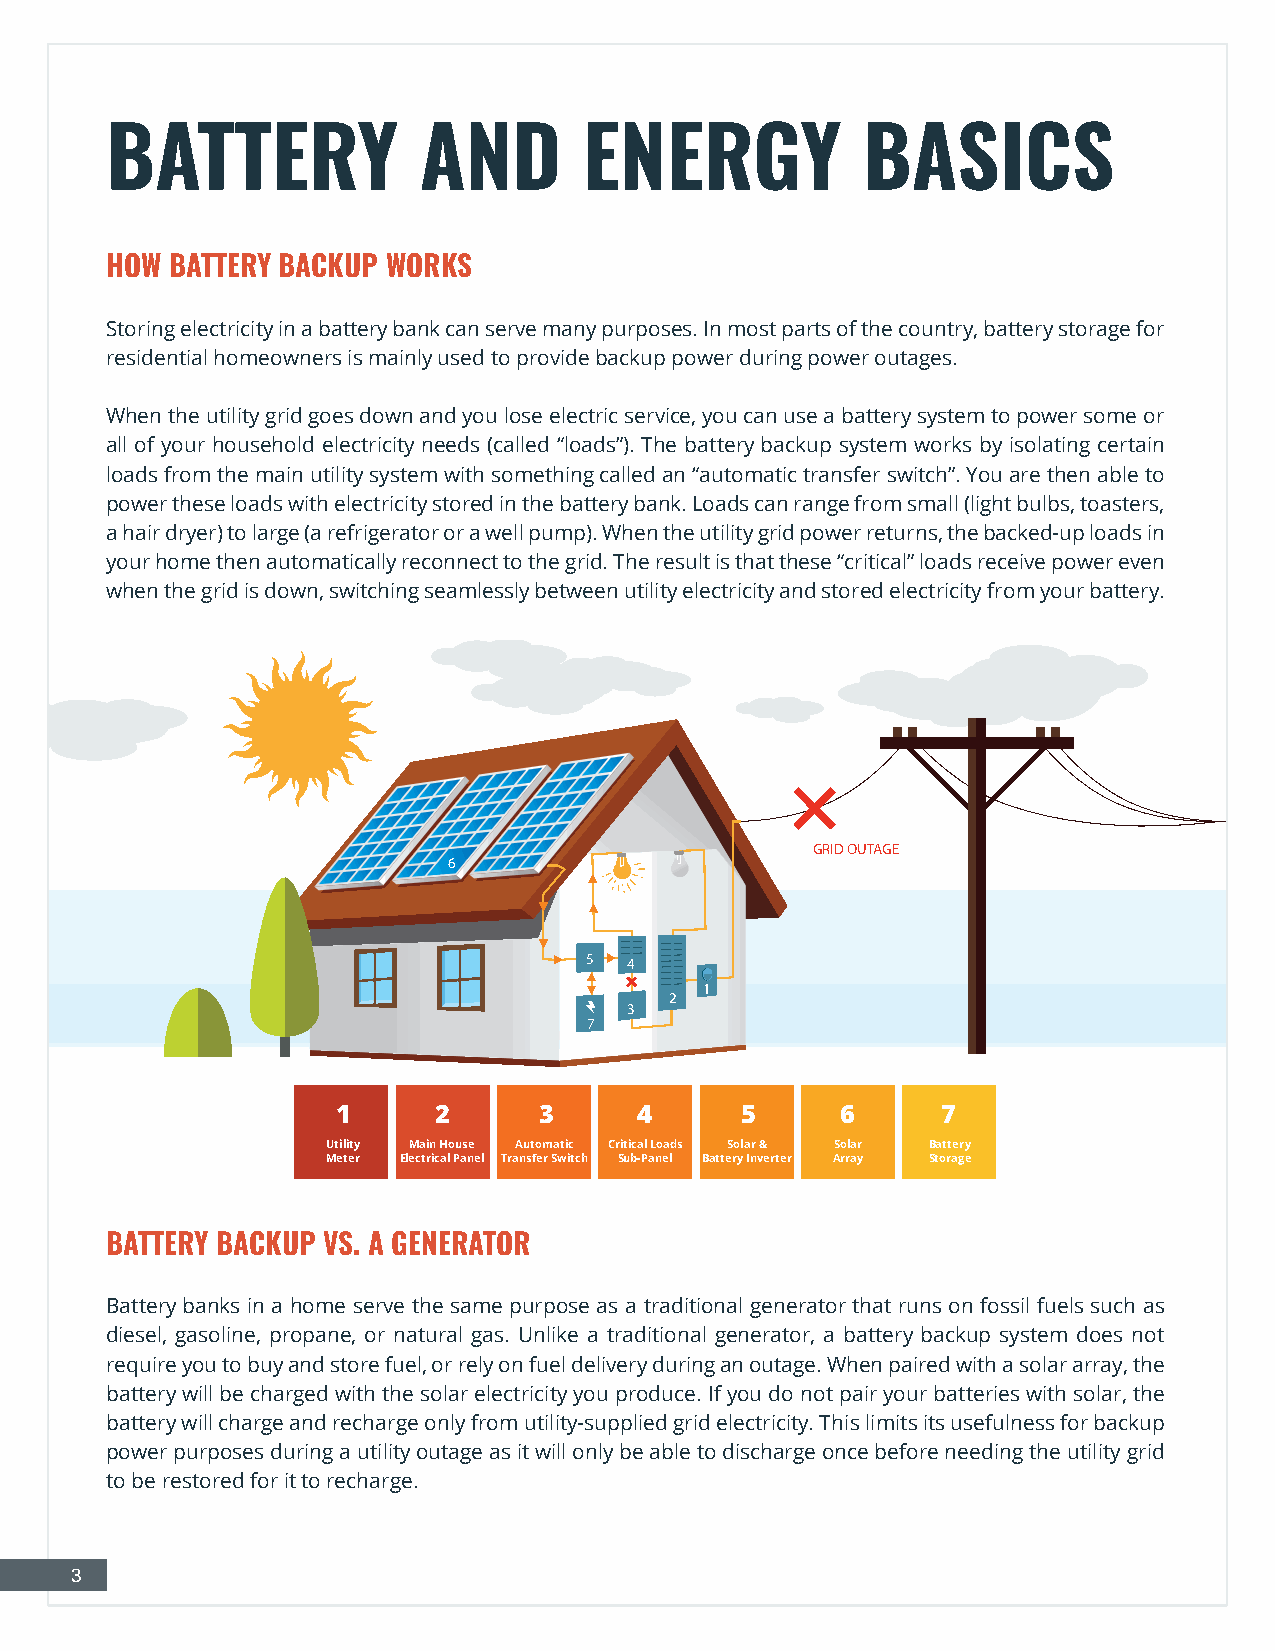
BATTERY              AND        ENERGY            BASICS
 HOW BATTERY BACKUP WORKS
 Storing electricity in a battery bank can serve many purposes. In most parts of the country, battery storage for
 residential homeowners is mainly used to provide backup power during power outages.
 When the utility grid goes down and you lose electric service, you can use a battery system to power some or
 all of your household electricity needs (called “loads”). The battery backup system works by isolating certain
 loads from the main utility system with something called an “automatic transfer switch”. You are then able to
 power these loads with electricity stored in the battery bank. Loads can range from small (light bulbs, toasters,
 a hair dryer) to large (a refrigerator or a well pump). When the utility grid power returns, the backed-up loads in
 your home then automatically reconnect to the grid. The result is that these “critical” loads receive power even
 when the grid is down, switching seamlessly between utility electricity and stored electricity from your battery.
 GRID OUTAGE
 6
 5  4
 1
 2
 3
 7
 1      2      3     4      5      6     7
 Utility Main House Automatic Critical Loads Solar & Solar Battery
 Meter Electrical Panel Transfer Switch Sub-Panel Battery Inverter Array Storage
 BATTERY BACKUP VS. A GENERATOR
 Battery banks in a home serve the same purpose as a traditional generator that runs on fossil fuels such as
 diesel, gasoline, propane, or natural gas. Unlike a traditional generator, a battery backup system does not
 require you to buy and store fuel, or rely on fuel delivery during an outage. When paired with a solar array, the
 battery will be charged with the solar electricity you produce. If you do not pair your batteries with solar, the
 battery will charge and recharge only from utility-supplied grid electricity. This limits its usefulness for backup
 power purposes during a utility outage as it will only be able to discharge once before needing the utility grid
 to be restored for it to recharge.
 3